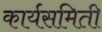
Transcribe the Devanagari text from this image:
कार्यसमिती